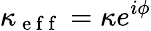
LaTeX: \kappa_{\mathrm{~e~f~f~}}=\kappa e^{i\phi}